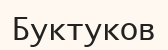
Буктуков